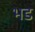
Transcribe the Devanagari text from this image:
भड